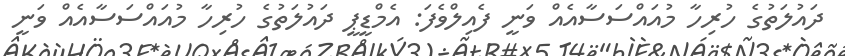
ދައުލަތުގެ ހުރިހާ މުއައްސަސާއެއް ވަނީ ފެއިލްވެފަ: އެމްޑީޕީ ދައުލަތުގެ ހުރިހާ މުއައްސަސާއެއް ވަނީ